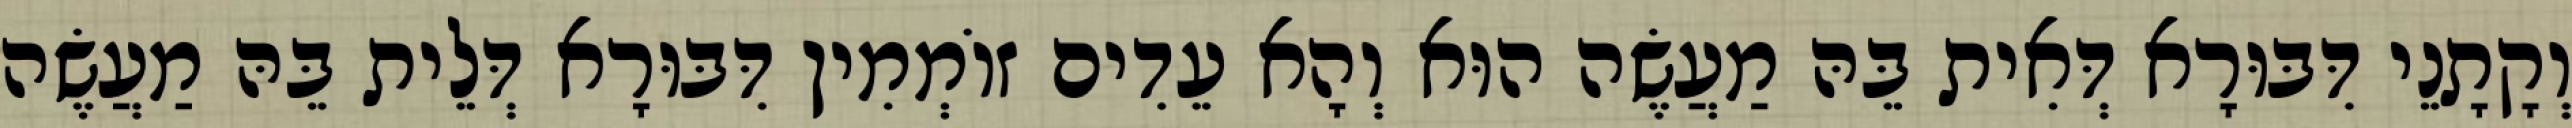
וְקָתָנֵי דִּבּוּרָא דְּאִית בֵּהּ מַעֲשֶׂה הוּא וְהָא עֵדִים זוֹמְמִין דִּבּוּרָא דְּלֵית בֵּהּ מַעֲשֶׂה